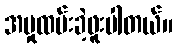
အမှုထမ်းခဲ့ဖူးပါတယ်။